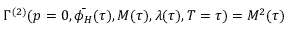
\Gamma ^ { ( 2 ) } ( p = 0 , \bar { \phi _ { H } } ( \tau ) , M ( \tau ) , \lambda ( \tau ) , T = \tau ) = M ^ { 2 } ( \tau )